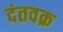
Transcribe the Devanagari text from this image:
दंतवक्र